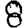
Digit: 8